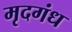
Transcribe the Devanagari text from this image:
मृदगंध